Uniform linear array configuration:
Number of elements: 48
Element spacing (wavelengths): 0.5
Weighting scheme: cosine
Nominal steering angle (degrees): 15
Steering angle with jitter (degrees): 13.192
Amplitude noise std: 0.05
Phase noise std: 0.05

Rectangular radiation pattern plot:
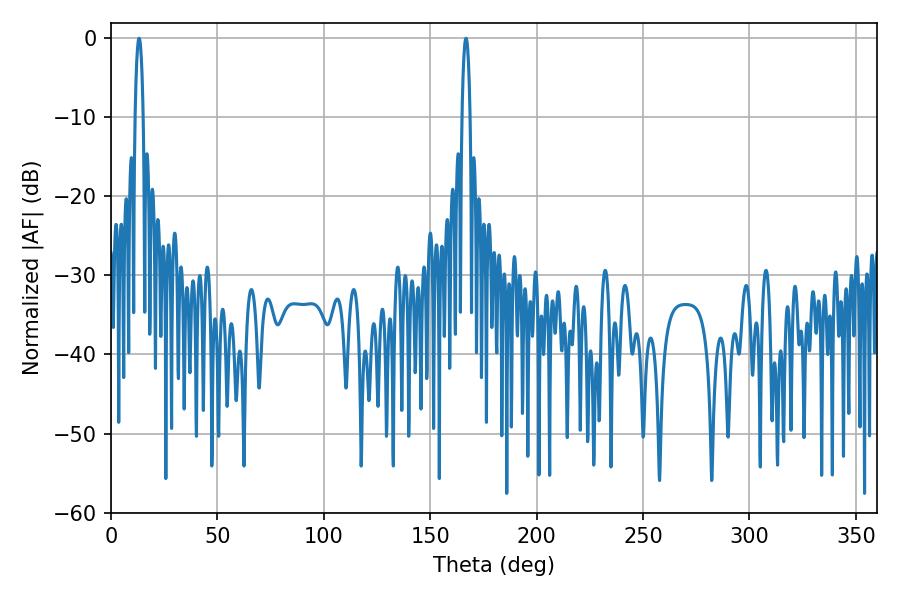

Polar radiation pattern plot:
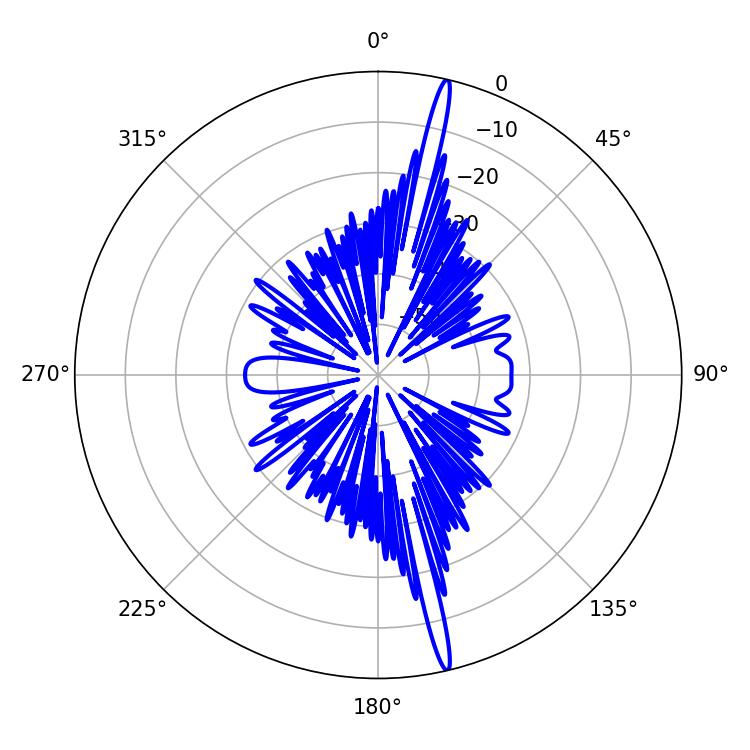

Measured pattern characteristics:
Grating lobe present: FALSE
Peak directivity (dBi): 20.069
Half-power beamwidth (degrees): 2.16
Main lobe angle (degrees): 13.14